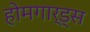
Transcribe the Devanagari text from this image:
होमगार्ड्‌स